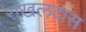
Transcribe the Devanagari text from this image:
राखलदास